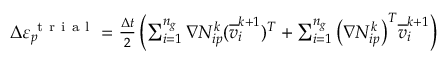
\begin{array} { r } { \Delta \varepsilon _ { p } ^ { \mathrm { ~ t ~ r ~ i ~ a ~ l ~ } } = \frac { \Delta t } { 2 } \left( \sum _ { i = 1 } ^ { n _ { g } } \nabla N _ { i p } ^ { k } ( \overline { { v } } _ { i } ^ { k + 1 } ) ^ { T } + \sum _ { i = 1 } ^ { n _ { g } } \big ( \nabla N _ { i p } ^ { k } \big ) ^ { T } \overline { { v } } _ { i } ^ { k + 1 } \right) } \end{array}